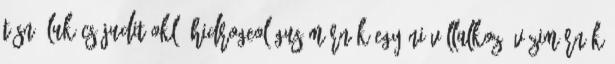
Tósné Lukács Judit okl. hidrogeológus mérnök egyéni vállalkozó vízimérnök